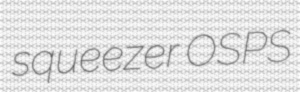
squeezer OSPS